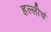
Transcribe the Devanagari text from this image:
हल्लीचं